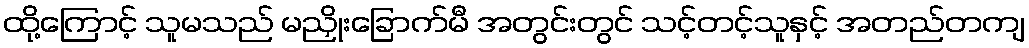
ထို့ကြောင့် သူမသည် မညှိုးခြောက်မီ အတွင်းတွင် သင့်တင့်သူနှင့် အတည်တကျ